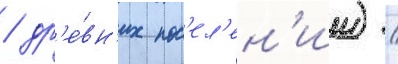
/ др'е́вн'их пос'ел'ен'ии) /